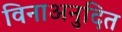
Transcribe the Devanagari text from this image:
विनाअनुदित